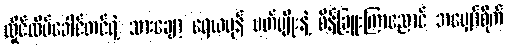
လှိုင်ထိပ်ခေါင်တင်ရဲ့ သားချော့ ရေယမုန် ပတ်ပျိုးနဲ့ စိန်ခြူးကြာညောင် အမျှော်စိုက်